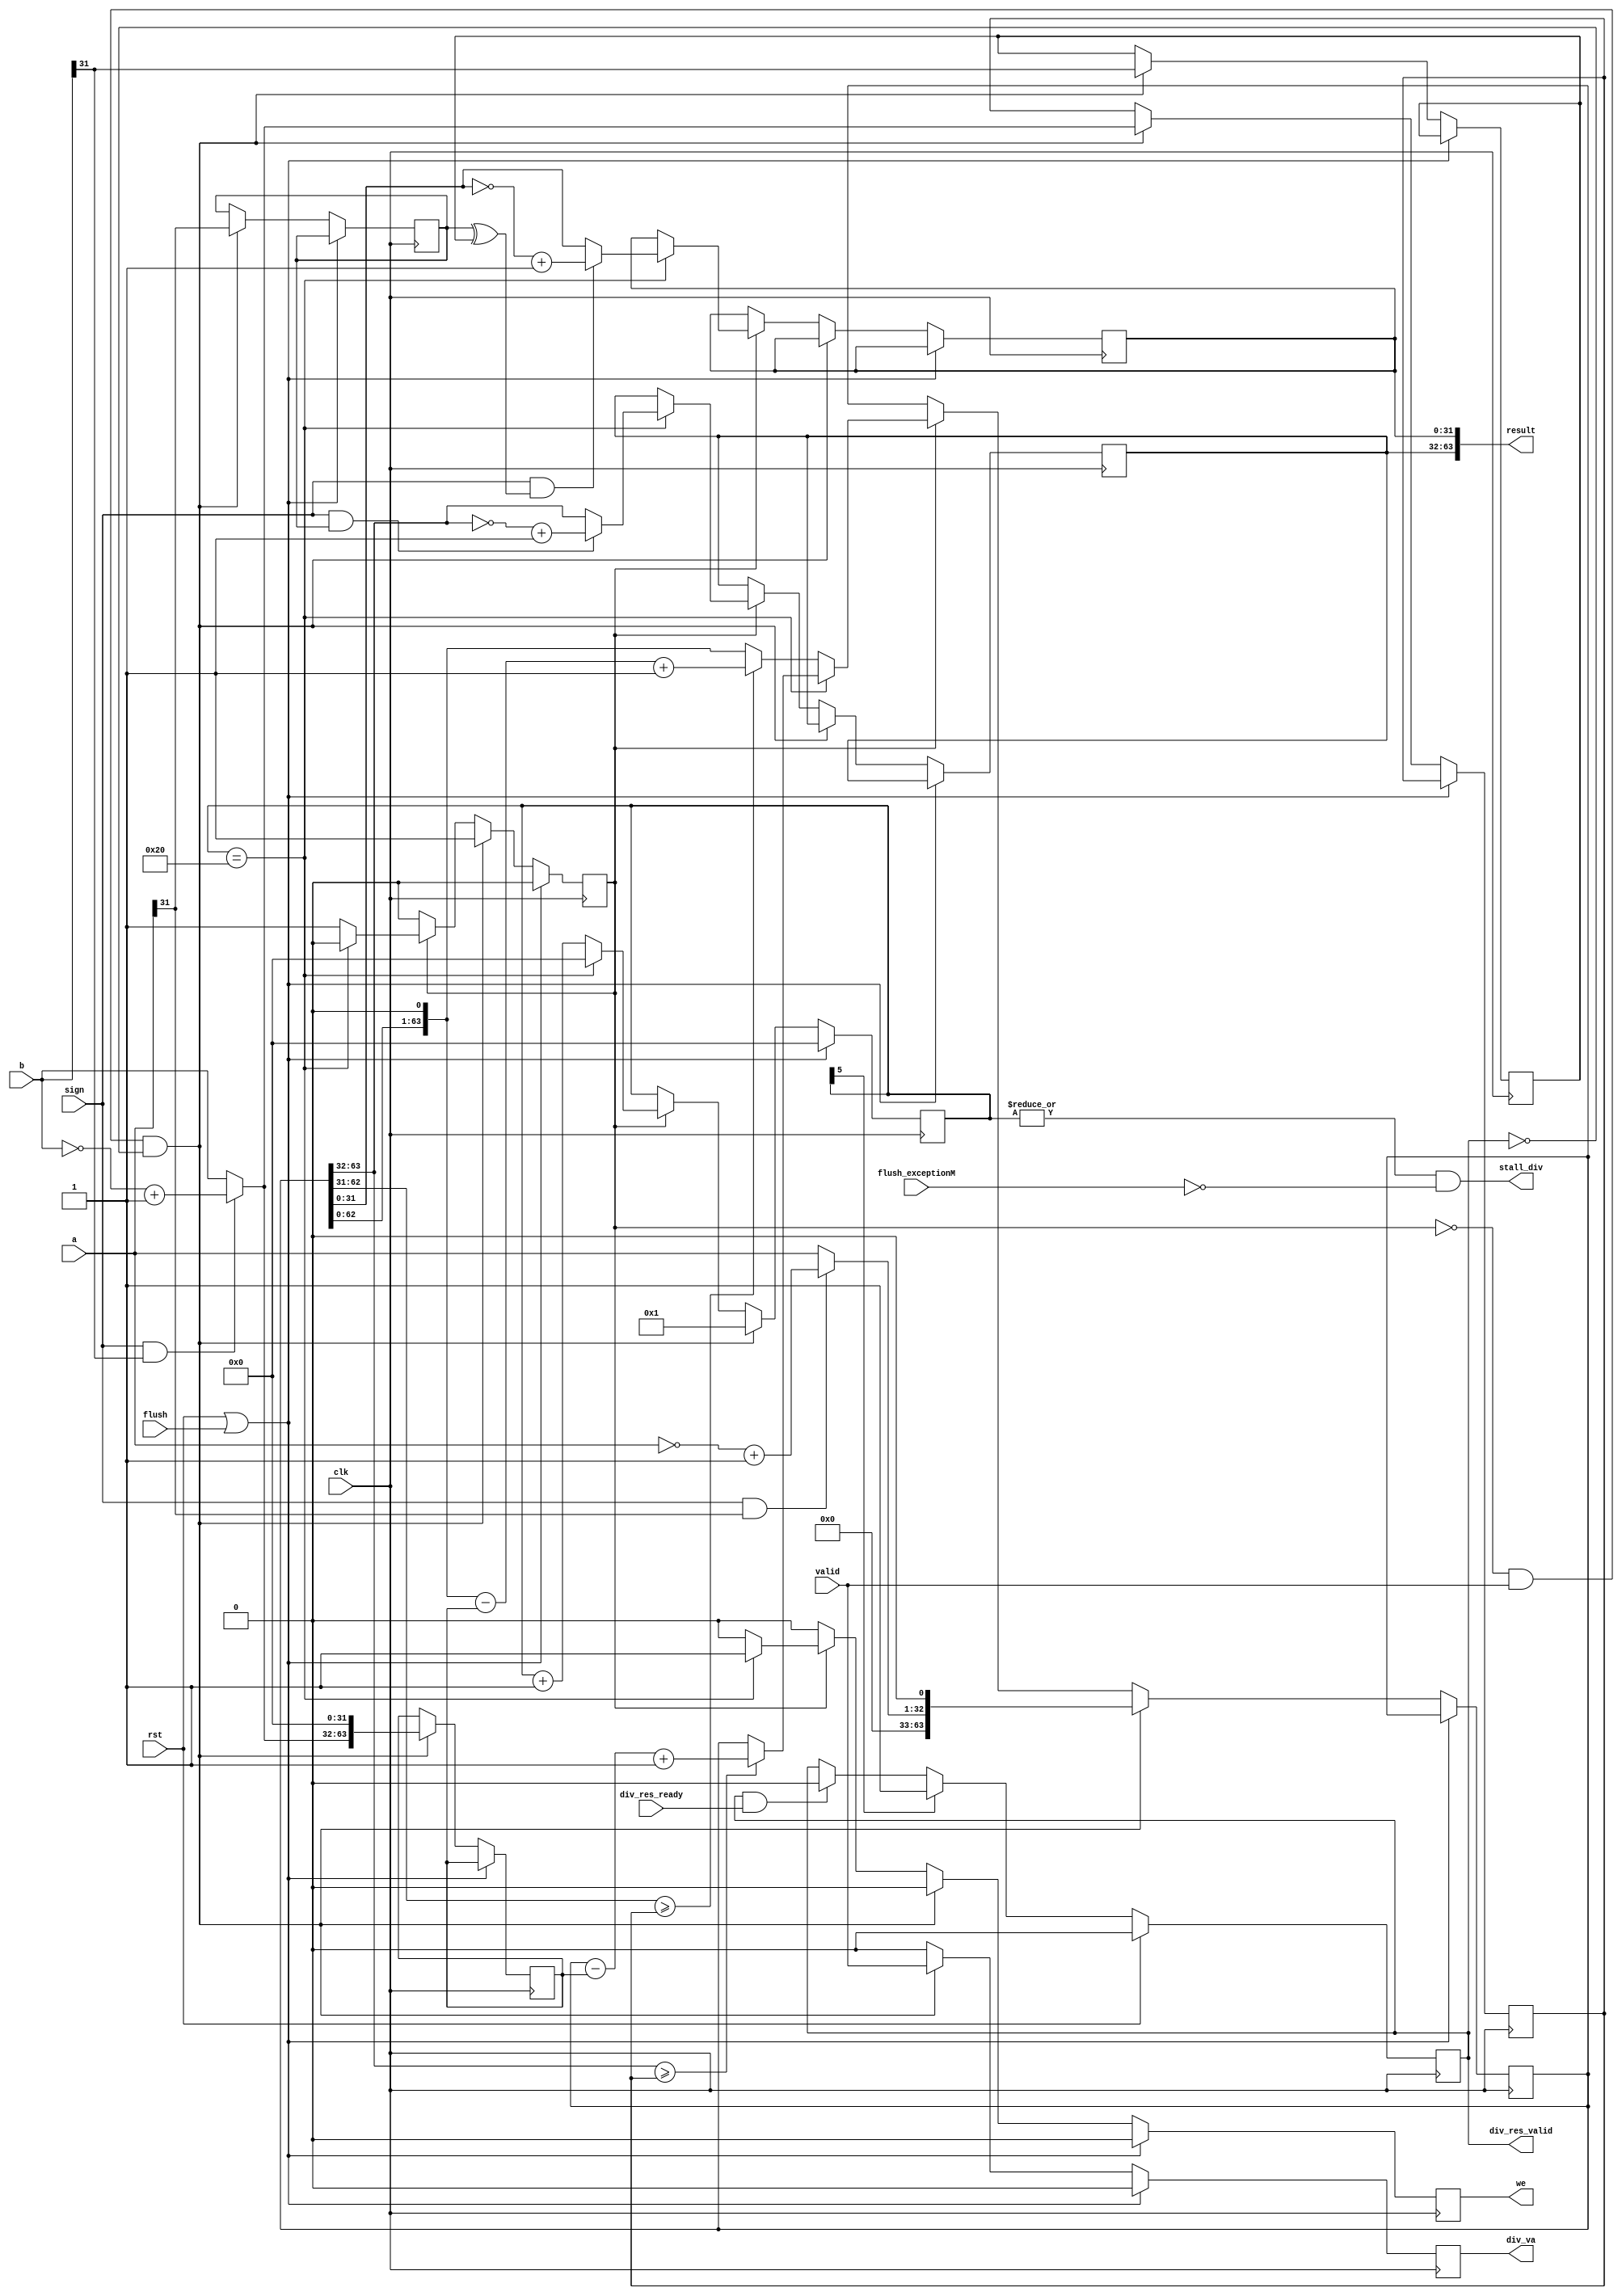
`timescale 1ns / 1ps
//////////////////////////////////////////////////////////////////////////////////
// Company: 
// Engineer: 
// 
// Design Name: 
// Module Name: div
// Project Name: 
// Target Devices: 
// Tool Versions: 
// Description: 
// 
// Dependencies: 
// 
// Revision:
// Revision 0.01 - File Created
// Additional Comments:
// 
//////////////////////////////////////////////////////////////////////////////////
//32
//
module div(
    input wire clk, rst,
    input flush,
    input flush_exceptionM,
    input wire[31:0] a,b,
    input valid,
    output reg div_res_valid,
    input div_res_ready,
    input sign,
    output reg div_va,
    output stall_div,
    output[63:0] result,
    output reg we
    );
    reg[31:0] temp_a;
    reg[31:0] temp_b;
    reg[63:0] temp_1;
    reg[63:0] temp_2;
    wire[31:0] qu;
    wire[31:0] re;
    reg[31:0] q;
    reg[31:0] m;
    reg[31:0] i;
    reg start;
    reg a_save;
    reg b_save;
    assign qu=temp_1[31:0];
    assign re=temp_1[63:32];
    //assign m = (sign & a[31]) ? ~re +1 : re;
    //assign q = sign & (a[31] ^ b[31]) ? ~qu + 1 : qu;
    always@(posedge clk)begin
        we<=0;
        div_va<=0;
        if(rst|flush) begin//syscalldivdiv
            i <= 0;
            start<=0;
        end
        else if(!start & valid & ~div_res_valid) begin//axi
            we<=0;
            i <= 1;
            start <= 1;
            a_save=a[31];
            b_save=b[31];
            temp_a=(sign&a_save)?~a+1:a;//
            temp_b=(sign&b_save)?~b+1:b;//
            div_va<=valid;

            //Register init
            temp_1={31'b0,temp_a,1'b0};
            temp_2={temp_b,32'b0};
        end
        else if(start) begin
            if(i==32) begin
                i <= 0;
                start <= 0;
                we <= 1;
                //Output result
                if(temp_1[63:32]>=temp_b) temp_1=temp_1-temp_2+1;
                m = (sign & a_save) ? ~re +1 : re;
                q = sign & (a_save ^ b_save) ? ~qu + 1 : qu;
            end
            else begin
                i <= i + 1;
                temp_1=temp_1<<1;
                if(temp_1[63:32]>=temp_b) temp_1=temp_1-temp_2+1;
            end
        end
//        if(valid==1)begin
//            temp_a=(sign&a[31])?~a+1:a;//
//            temp_b=(sign&b[31])?~b+1:b;//
//            temp_1={32'b0,temp_a};
//            temp_2={temp_b,32'b0};
//            for(i=0;i<32;i=i+1)begin
//                temp_1=temp_1<<1;
//                if(temp_1[63:32]>=temp_b) temp_1=temp_1-temp_2+1;
//            end
////            if(b==0)begin
////                qu=32'b0;re=32'b0;
////            end
////            else begin
//                qu=temp_1[31:0];
//                re=temp_1[63:32];
// //           end
//        end
        //else begin i = 0; end
    end
    wire data_go;
    assign data_go = div_res_valid & div_res_ready;
    always @(posedge clk) begin
        div_res_valid <= rst     ? 1'b0 :
                     i[5]==1'b1  ? 1'b1 :
                     data_go ? 1'b0 : div_res_valid;
    end
    assign result={m,q};
    assign stall_div=(|i)&~flush_exceptionM;
endmodule